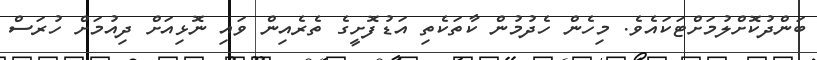
ބަންދުކޮށްލުމަށްޓަކައެވެ. މިހެން ހެދުމުން ކާތަކެތި އަޑުފޮށީގެ ތެރެއިން ވައި ނޮޅިއަށް ދިއުމަށް ހުރަސް